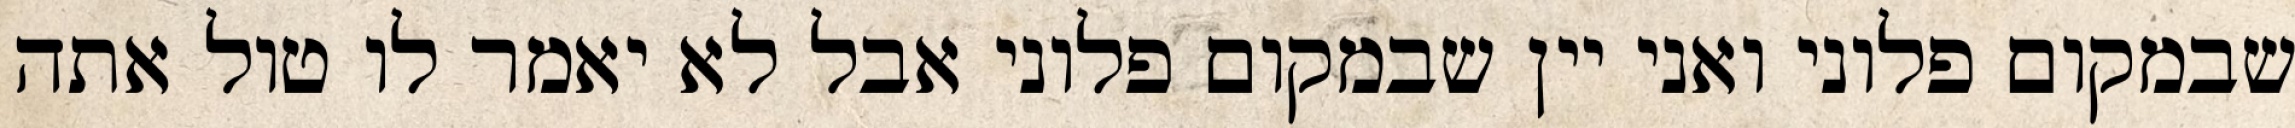
שבמקום פלוני ואני יין שבמקום פלוני אבל לא יאמר לו טול אתה